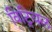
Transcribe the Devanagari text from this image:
विट्रियल